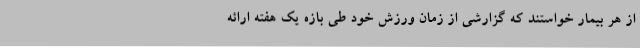
از هر بیمار خواستند که گزارشی از زمان ورزش خود طی بازه یک هفته ارائه